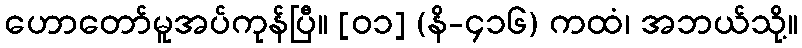
ဟောတော်မူအပ်ကုန်ပြီ။ [၀၁] (နိ-၄၁၆) ကထံ၊ အဘယ်သို့။